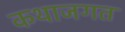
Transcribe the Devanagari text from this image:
कथाजगत